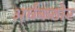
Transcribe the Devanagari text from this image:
अर्धकठोर